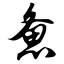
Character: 惫